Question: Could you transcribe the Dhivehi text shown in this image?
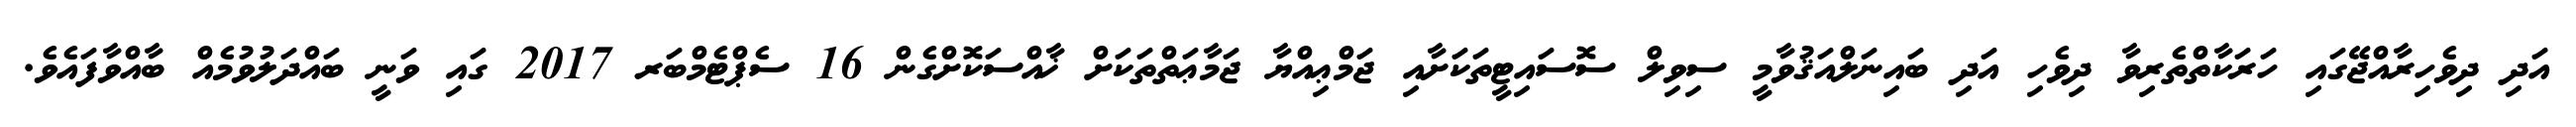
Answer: އަދި ދިވެހިރާއްޖޭގައި ހަރަކާތްތެރިވާ ދިވެހި އަދި ބައިނަލްއަޤުވާމީ ސިވިލް ސޮސައިޓީތަކަށާއި ޖަމްޢިއްޔާ ޖަމާޢަތްތަކަށް ޚާއްސަކޮށްގެން 16 ސެޕްޓެމްބަރ 2017 ގައި ވަނީ ބައްދަލުވުމެއް ބާއްވާފައެވެ.